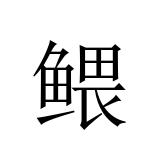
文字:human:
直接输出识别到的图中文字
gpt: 鳂